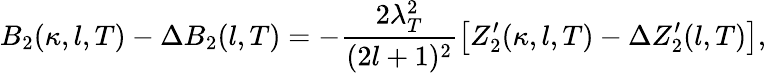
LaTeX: B_{2}(\kappa,l,T)-\Delta B_{2}(l,T)=-\frac{2\lambda_{T}^{2}}{(2l+1)^{2}}\left[Z_{2}^{\prime}(\kappa,l,T)-\Delta Z_{2}^{\prime}(l,T)\right],